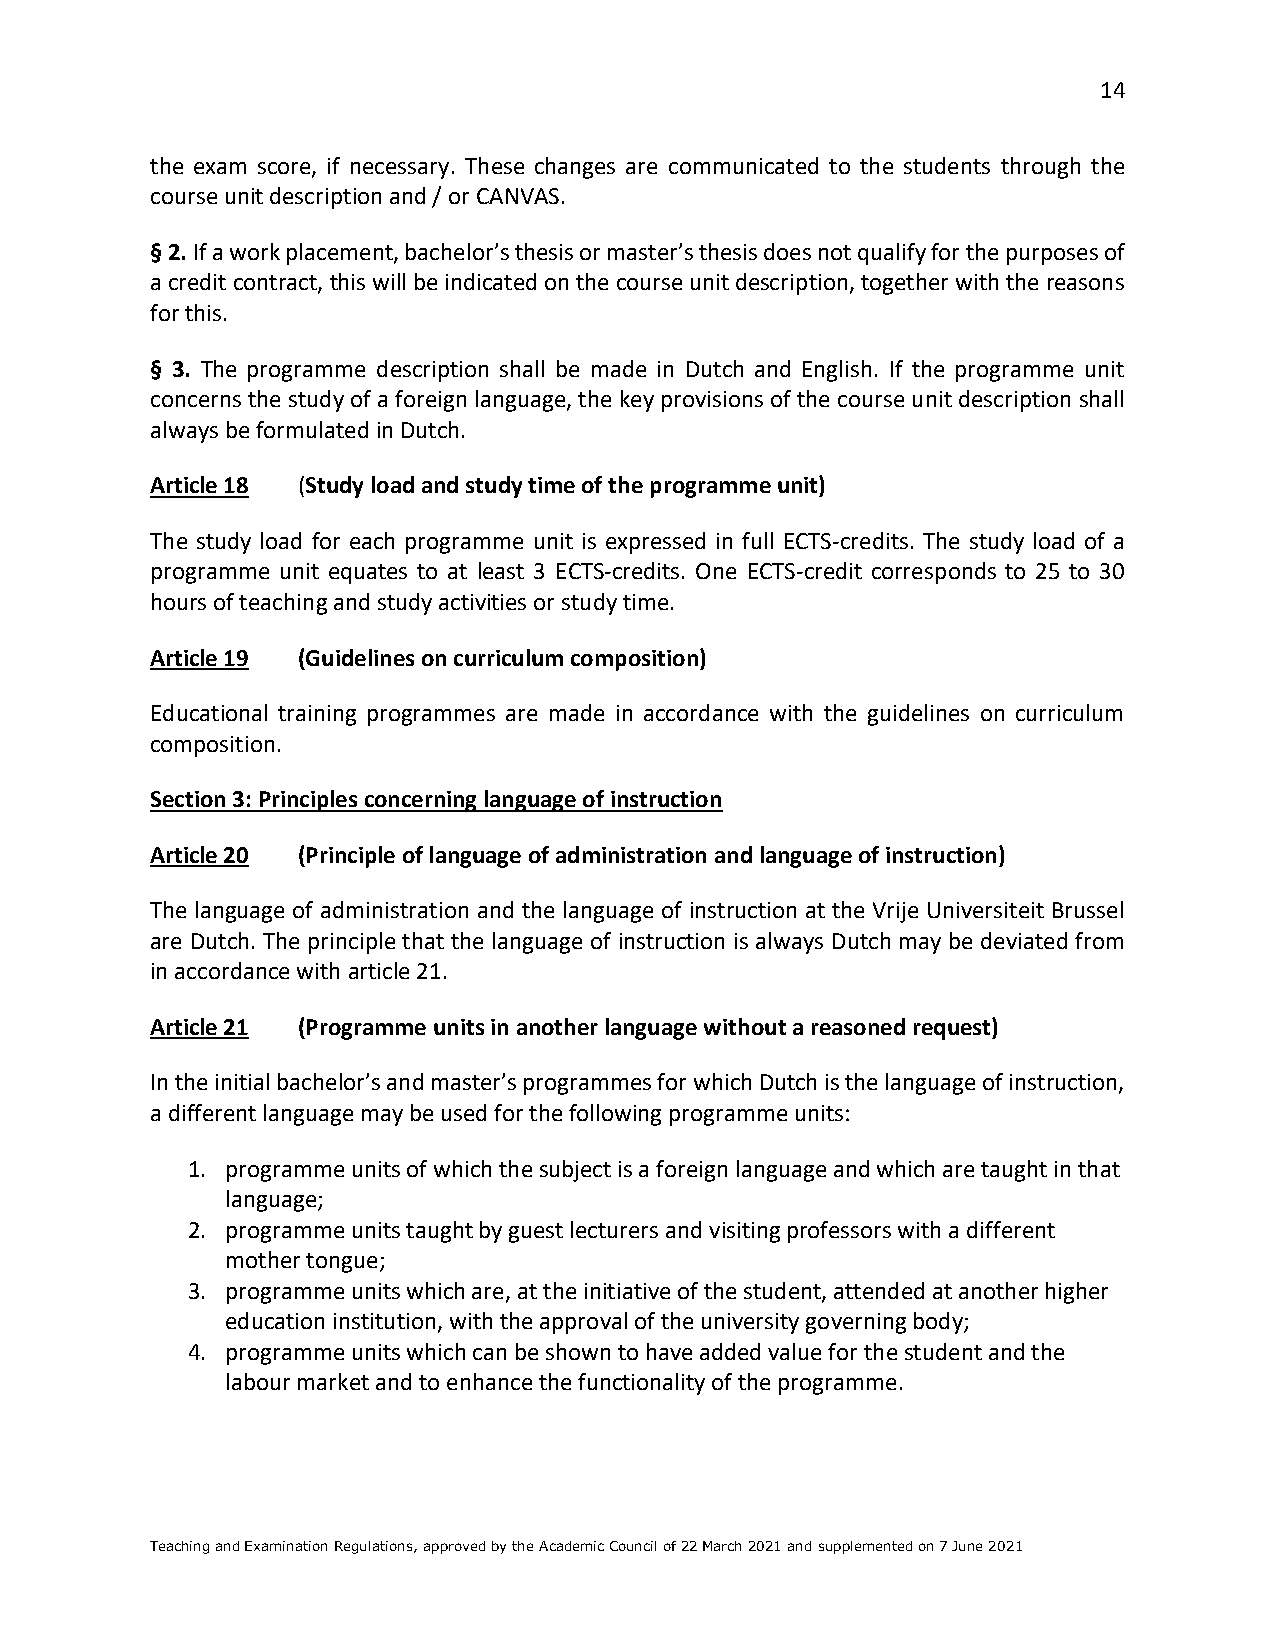
14
 the exam score, if necessary. These changes are communicated to the students through the
 course unit description and / or CANVAS.
 § 2. If a work placement, bachelor’s thesis or master’s thesis does not qualify for the purposes of
 a credit contract, this will be indicated on the course unit description, together with the reasons
 for this.
 § 3. The programme description shall be made in Dutch and English. If the programme unit
 concerns the study of a foreign language, the key provisions of the course unit description shall
 always be formulated in Dutch.
 Article 18 (Study load and study time of the programme unit)
 The study load for each programme unit is expressed in full ECTS-credits. The study load of a
 programme unit equates to at least 3 ECTS-credits. One ECTS-credit corresponds to 25 to 30
 hours of teaching and study activities or study time.
 Article 19 (Guidelines on curriculum composition)
 Educational training programmes are made in accordance with the guidelines on curriculum
 composition.
 Section 3: Principles concerning language of instruction
 Article 20 (Principle of language of administration and language of instruction)
 The language of administration and the language of instruction at the Vrije Universiteit Brussel
 are Dutch. The principle that the language of instruction is always Dutch may be deviated from
 in accordance with article 21.
 Article 21 (Programme units in another language without a reasoned request)
 In the initial bachelor’s and master’s programmes for which Dutch is the language of instruction,
 a different language may be used for the following programme units:
 1. programme units of which the subject is a foreign language and which are taught in that
 language;
 2. programme units taught by guest lecturers and visiting professors with a different
 mother tongue;
 3. programme units which are, at the initiative of the student, attended at another higher
 education institution, with the approval of the university governing body;
 4. programme units which can be shown to have added value for the student and the
 labour market and to enhance the functionality of the programme.
 Teaching and Examination Regulations, approved by the Academic Council of 22 March 2021 and supplemented on 7 June 2021